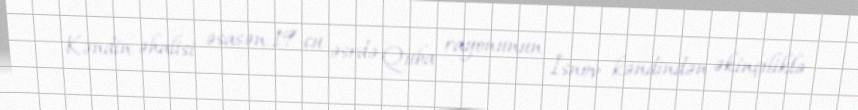
Kəndin əhalisi əsasən 19-cu əsrdə Quba rayonunun İsnov kəndindən əkinçiliklə